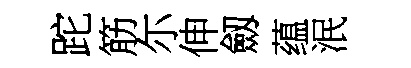
跎筋尓伸劔蕴泯